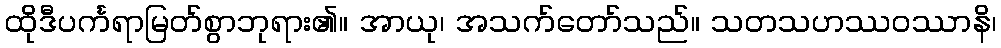
ထိုဒီပင်္ကရာမြတ်စွာဘုရား၏။ အာယု၊ အသက်တော်သည်။ သတသဟဿဝဿာနိ၊